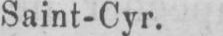
Saint-Cyr.